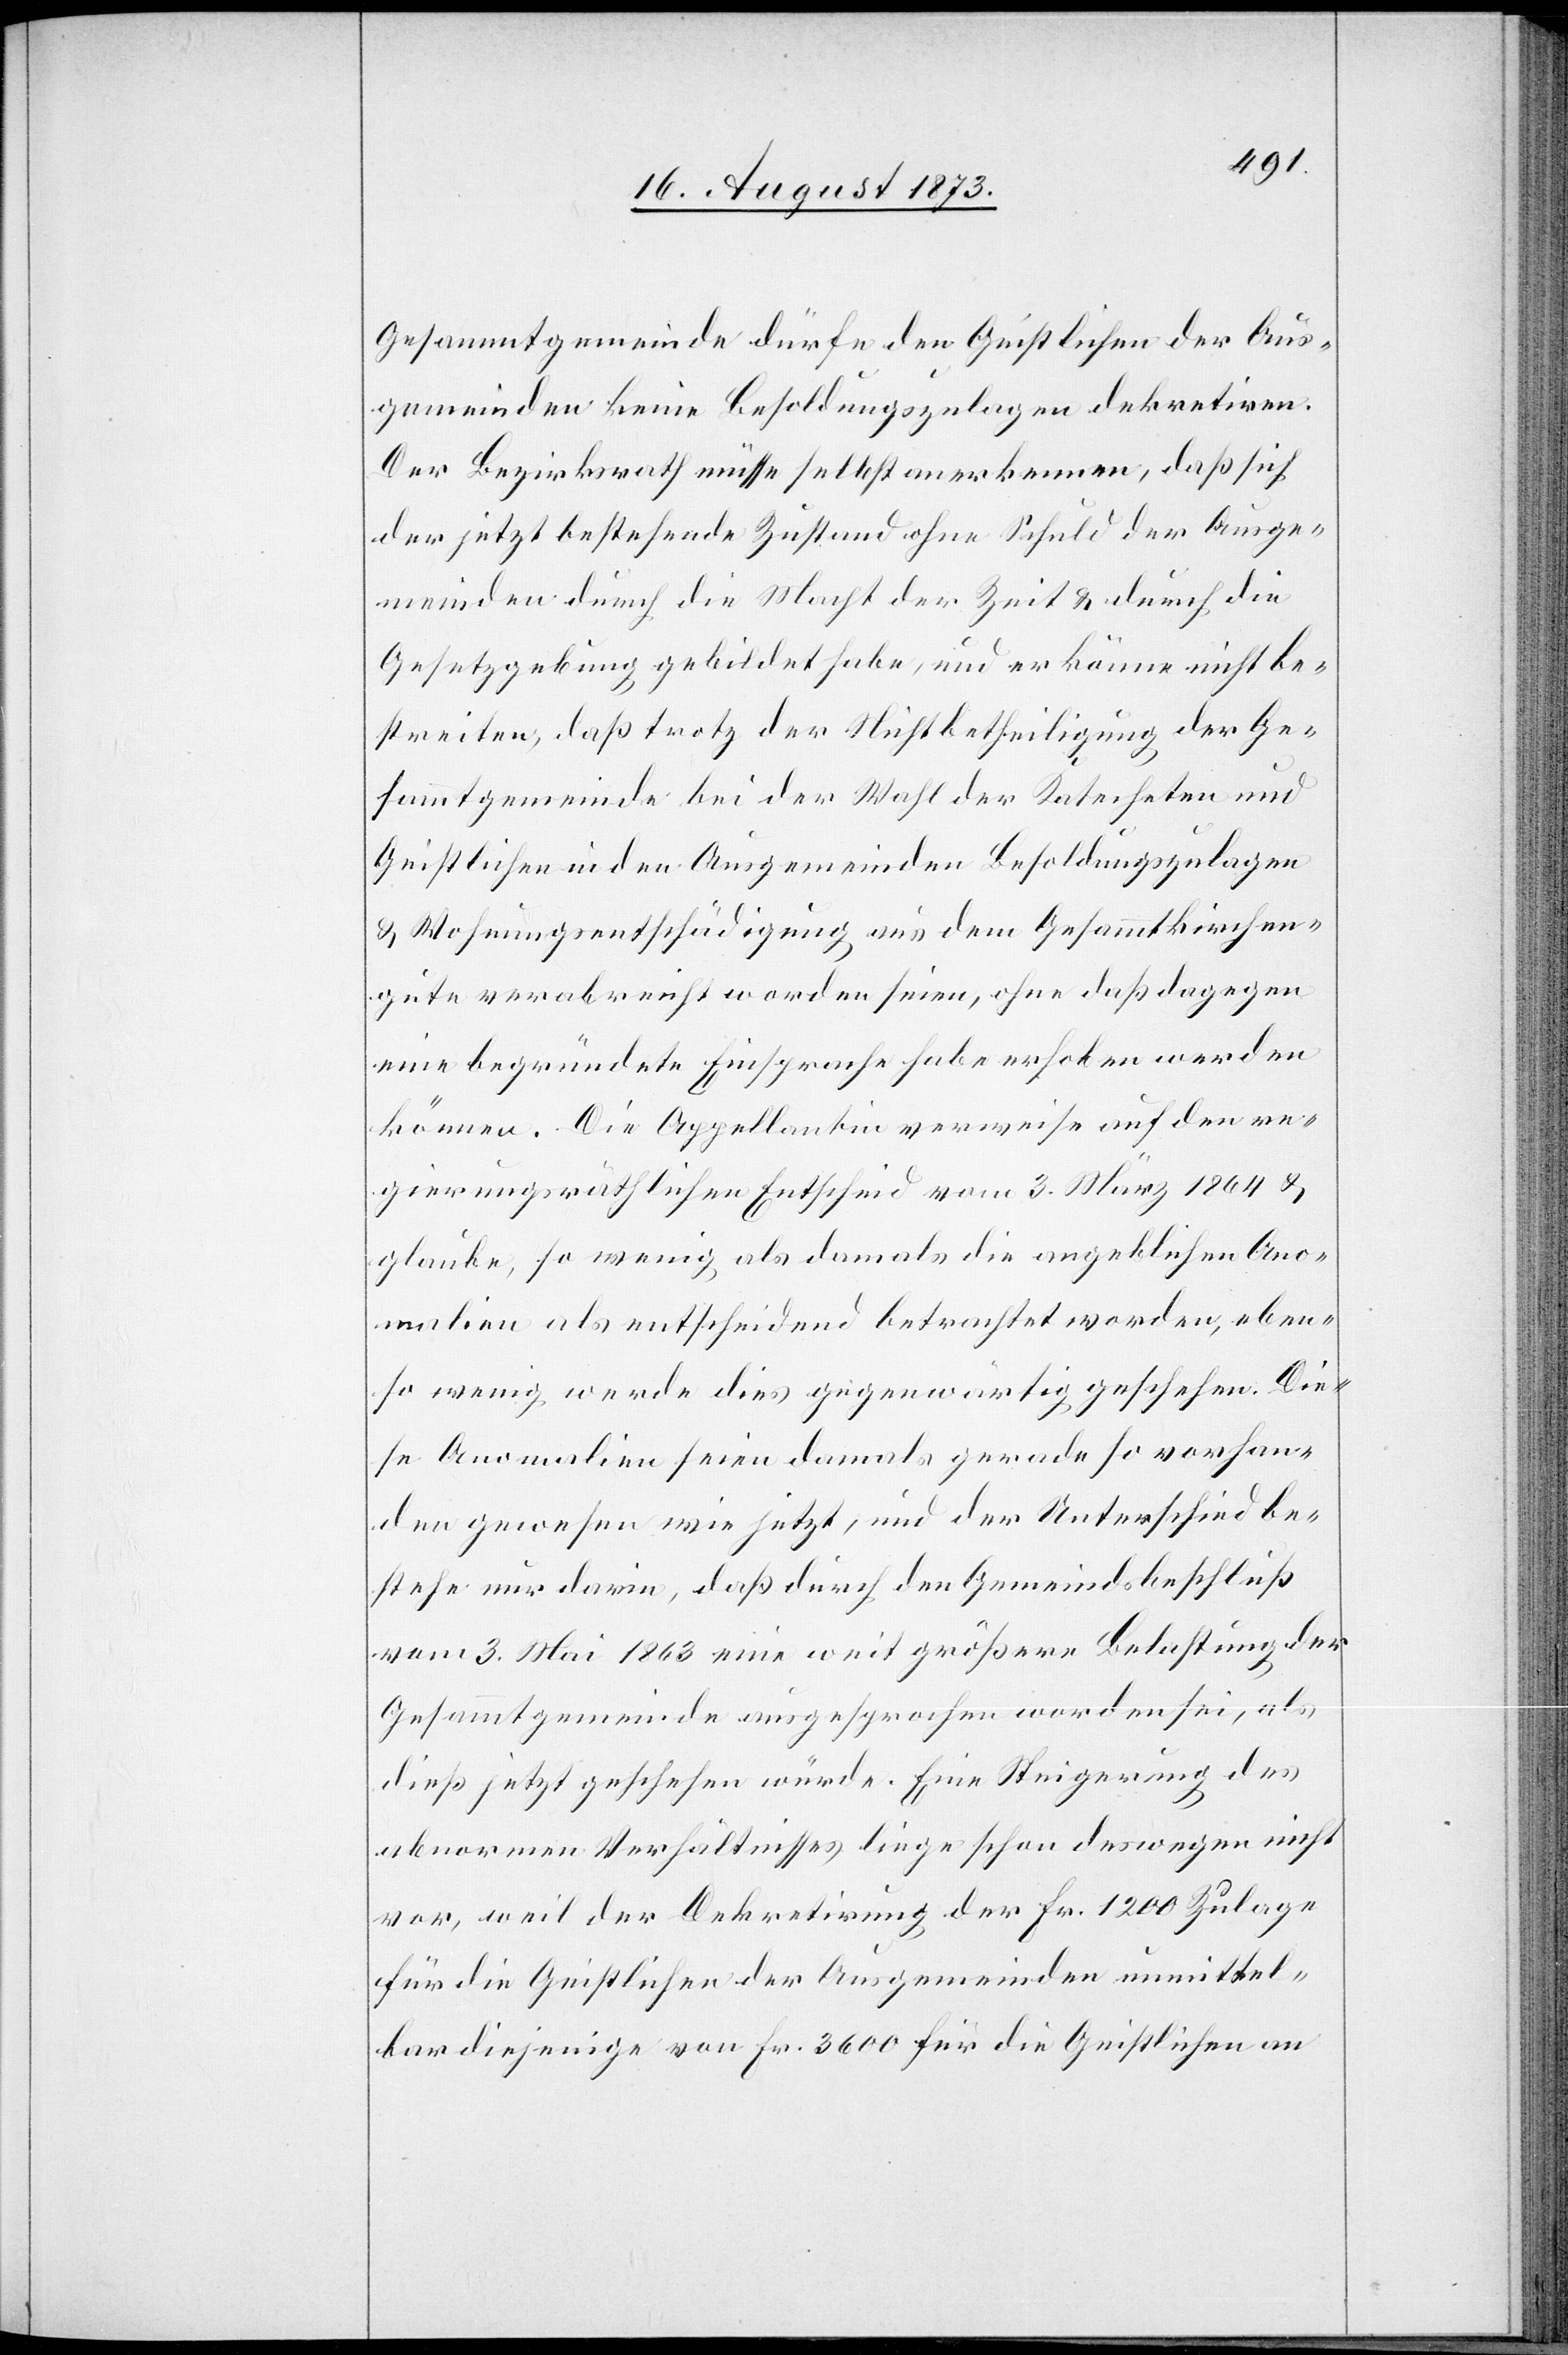
Gesammtgemeinde dürfe den Geistlichen der Aus¬
gemeinden keine Besoldungszulagen dekretiren.
Der Bezirksrath müsse selbst anerkennen, daß sich
der jetzt bestehende Zustand ohne Schuld der Ausge¬
meinden durch die Macht der Zeit & durch die
Gesetzgebung gebildet habe, und er könne nicht be¬
streiten, daß trotz der Nichtbetheiligung der Ge¬
sammtgemeinde bei der Wahl der Katecheten und
Geistlichen in den Ausgemeinden Besoldungszulagen
& Wohnungsentschädigung aus dem Gesammtkirchen¬
gute verabreicht worden seien, ohne daß dagegen
eine begründete Einsprache habe erhoben werden
können. Die Appellantin verweise auf den re¬
gierungsräthlichen Entscheid vom 3. März 1864 &
glaube, so wenig als damals die angeblichen Ano¬
malien als entscheidend betrachtet worden, eben¬
so wenig werde dies gegenwärtig geschehen. Die¬
se Anomalien seien damals gerade so vorhan¬
den gewesen wie jetzt, und der Unterschied be¬
stehe nur darin, daß durch den Gemeindsbeschluß
vom 3. Mai 1863 eine weit größere Belastung der
Gesammtgemeinde ausgesprochen worden sei, als
dieß jetzt geschehen würde. Eine Steigerung des
abnormen Verhältnisses liege schon deswegen nicht
vor, weil der Dekretirung der Fr. 1 200 Zulage
für die Geistlichen der Ausgemeinden unmittel¬
bar diejenige von Fr. 3 600 für die Geistlichen an